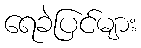
ရေခဲပြင်များ